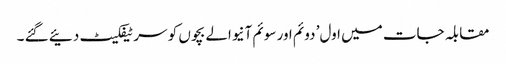
مقابلہ جات میں اول’ دوئم اور سوئم آنیوالے بچوں کو سرٹیفکیٹ دئیے گئے ۔